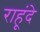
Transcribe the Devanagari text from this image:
राहूंदे